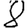
Digit: 8